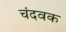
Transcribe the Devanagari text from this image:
चंदवक